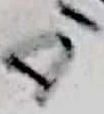
Text: D1